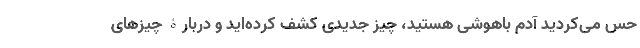
حس می‌کردید آدم باهوشی هستید، چیز جدیدی کشف کرده‌اید و دربارۀ چیزهای